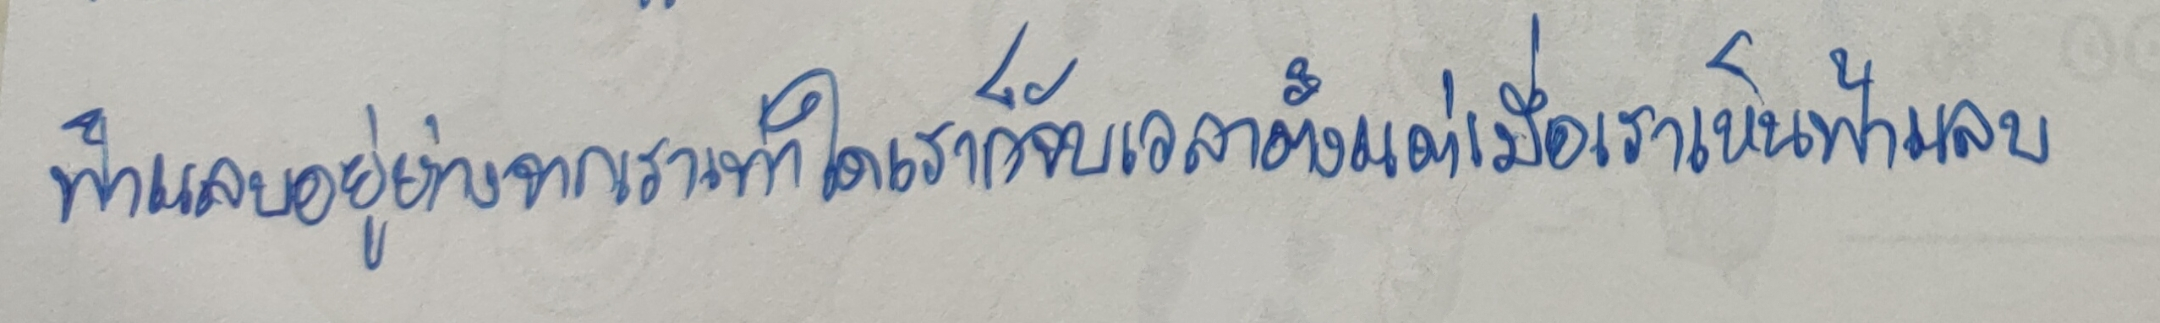
ฟ้าแลบอยู่ห่างจากเราเท่าใดเราก็จับเวลาตั้งแต่เมื่อเราเห็นฟ้าแลบ